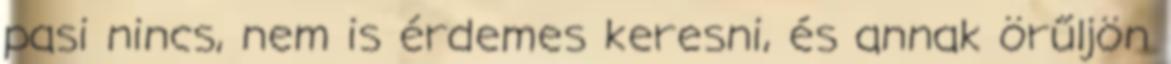
pasi nincs, nem is érdemes keresni, és annak örűljön